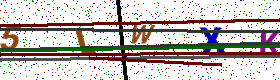
Text: 5LWXK